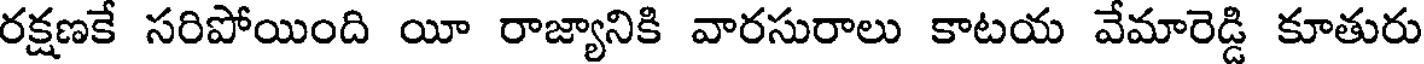
రక్షణకే సరిపోయింది యీ రాజ్యానికి వారసురాలు కాటయ వేమారెడ్డి కూతురు